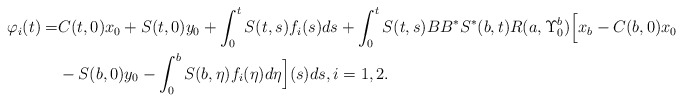
\begin{align*}\varphi_i(t)=&C(t,0)x_0+S(t,0)y_0+\int_0^t S(t,s)f_i(s)ds+\int_0^t S(t,s)BB^{*}S^{*}(b,t) R(a,\Upsilon_0^b)\Big[x_b-C(b,0)x_0\\&-S(b,0)y_0-\int_0^b S(b,\eta)f_i(\eta)d\eta\Big](s) ds,i=1,2.\end{align*}